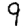
Digit: 9